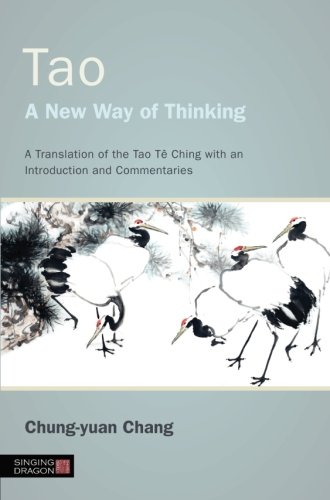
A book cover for Tao - A New Way of Thinking: A Translation of the Tao TÃª Ching with an Introduction and Commentaries; Chung-yuan Chang; Religion & Spirituality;